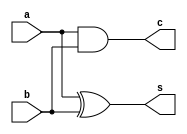
`timescale 1ns / 1ps
//////////////////////////////////////////////////////////////////////////////////
// Company: 
// Engineer: 
// 
// Design Name: 
// Module Name: half_adder
// Project Name: 
// Target Devices: 
// Tool Versions: 
// Description: 
// 
// Dependencies: 
// 
// Revision:
// Revision 0.01 - File Created
// Additional Comments:
// 
//////////////////////////////////////////////////////////////////////////////////



module half_adder
(
	input 		a,
	input 		b,
	output  	s,
	output  	c
);

assign s = a ^ b;
assign c = a & b;


endmodule